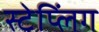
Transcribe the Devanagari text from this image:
स्टेप्लिंग